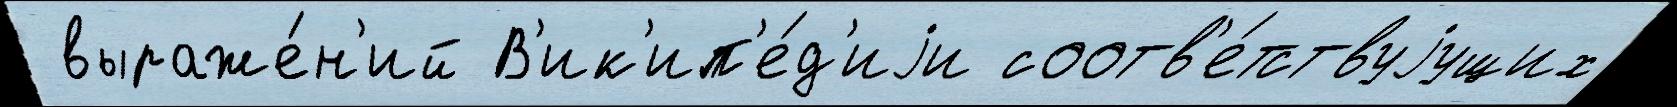
 выраже́н'ий В'ик'ип'е́д'иjи соотв'е́тствуjущих